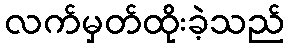
လက်မှတ်ထိုးခဲ့သည်